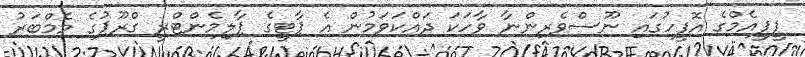
ޕީޕީއެމްގެ އޮފީހުގައި ނޫސްވެރިންނާ ވާހަކަ ދައްކަވަމުން އެ ޕާޓީގެ ޕާލިމެންޓްރީ ގްރޫޕުގެ މެމްބަރު